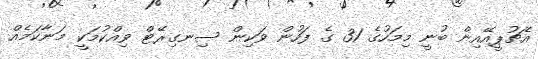
އެޗުޕީއޭއިން ބުނީ މިމަހުގެ 31 ގެ ފަހުން ވަކިން ސިނގިރޭޓް ވިއްކުމަކީ މަނާކަމެއް